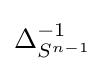
\Delta _{S^{n-1}}^{-1}